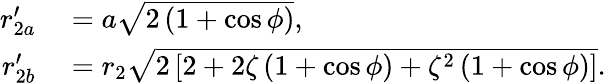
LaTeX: \begin{array}{rl}{r_{2a}^{\prime}}&{{}=a\sqrt{2\left(1+\cos{\phi}\right)},}\\ {r_{2b}^{\prime}}&{{}=r_{2}\sqrt{2\left[2+2\zeta\left(1+\cos{\phi}\right)+\zeta^{2}\left(1+\cos{\phi}\right)\right]}.}\end{array}